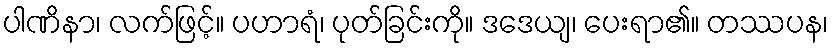
ပါဏိနာ၊ လက်ဖြင့်။ ပဟာရံ၊ ပုတ်ခြင်းကို။ ဒဒေယျ၊ ပေးရာ၏။ တဿပန၊